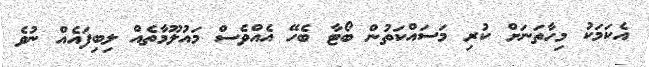
އެކަމަކު މިހާތަނަށް ކުރި މަސައްކަތުން ބޯޓާ ބެހޭ އެއްވެސް މައުލޫމާތެއް ލިބިފައެއް ނުވެ